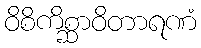
ဝိစိကိစ္ဆာဝိတာရဏံ